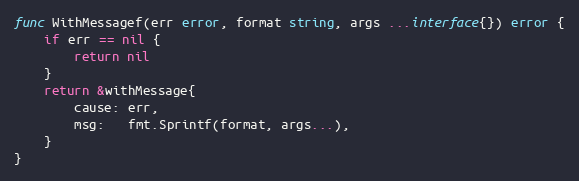
Language: Go
func WithMessagef(err error, format string, args ...interface{}) error {
	if err == nil {
		return nil
	}
	return &withMessage{
		cause: err,
		msg:   fmt.Sprintf(format, args...),
	}
}